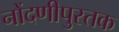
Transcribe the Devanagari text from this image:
नोंदणीपुस्तक